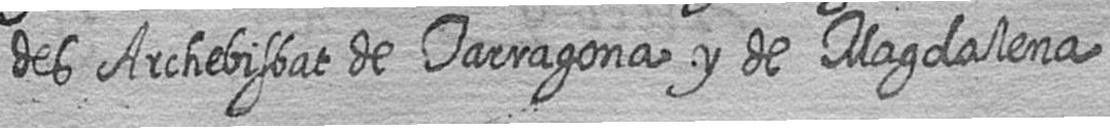
des Archebisbat de Tarragona y de Magdalena